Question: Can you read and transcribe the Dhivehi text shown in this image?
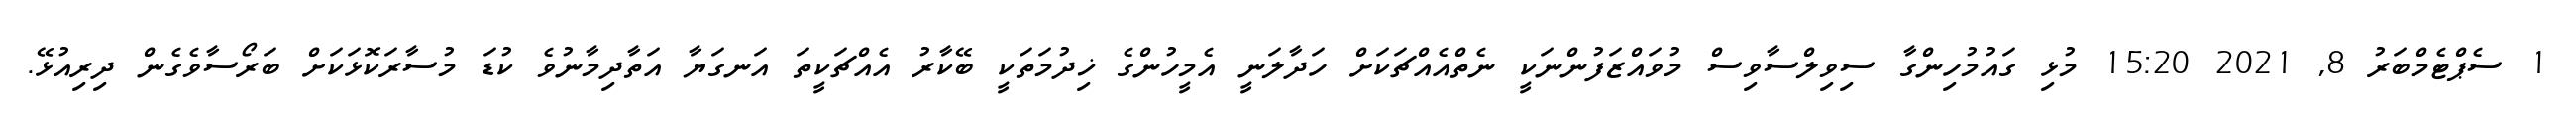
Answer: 1 ސެޕްޓެމްބަރު 8, 2021 15:20 މުޅި ގައުމުހިންގާ ސިވިލްސާވިސް މުވައްޒަފުންނަކީ ނެތްއެއްޗަކަށް ހަދާލަނީ އެމީހުންގެ ޚިދުމަތަކީ ބޭކާރު އެއްޗަކީތަ އަނގަޔާ އަތާދިމާނުވެ ކުޑަ މުސާރަކޮޅަކަށް ބަރޯސާވެގެން ދިރިއުޅޭ.